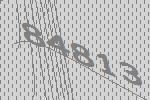
84813